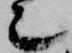
也